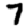
Digit: 7